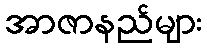
အာဇာနည်များ